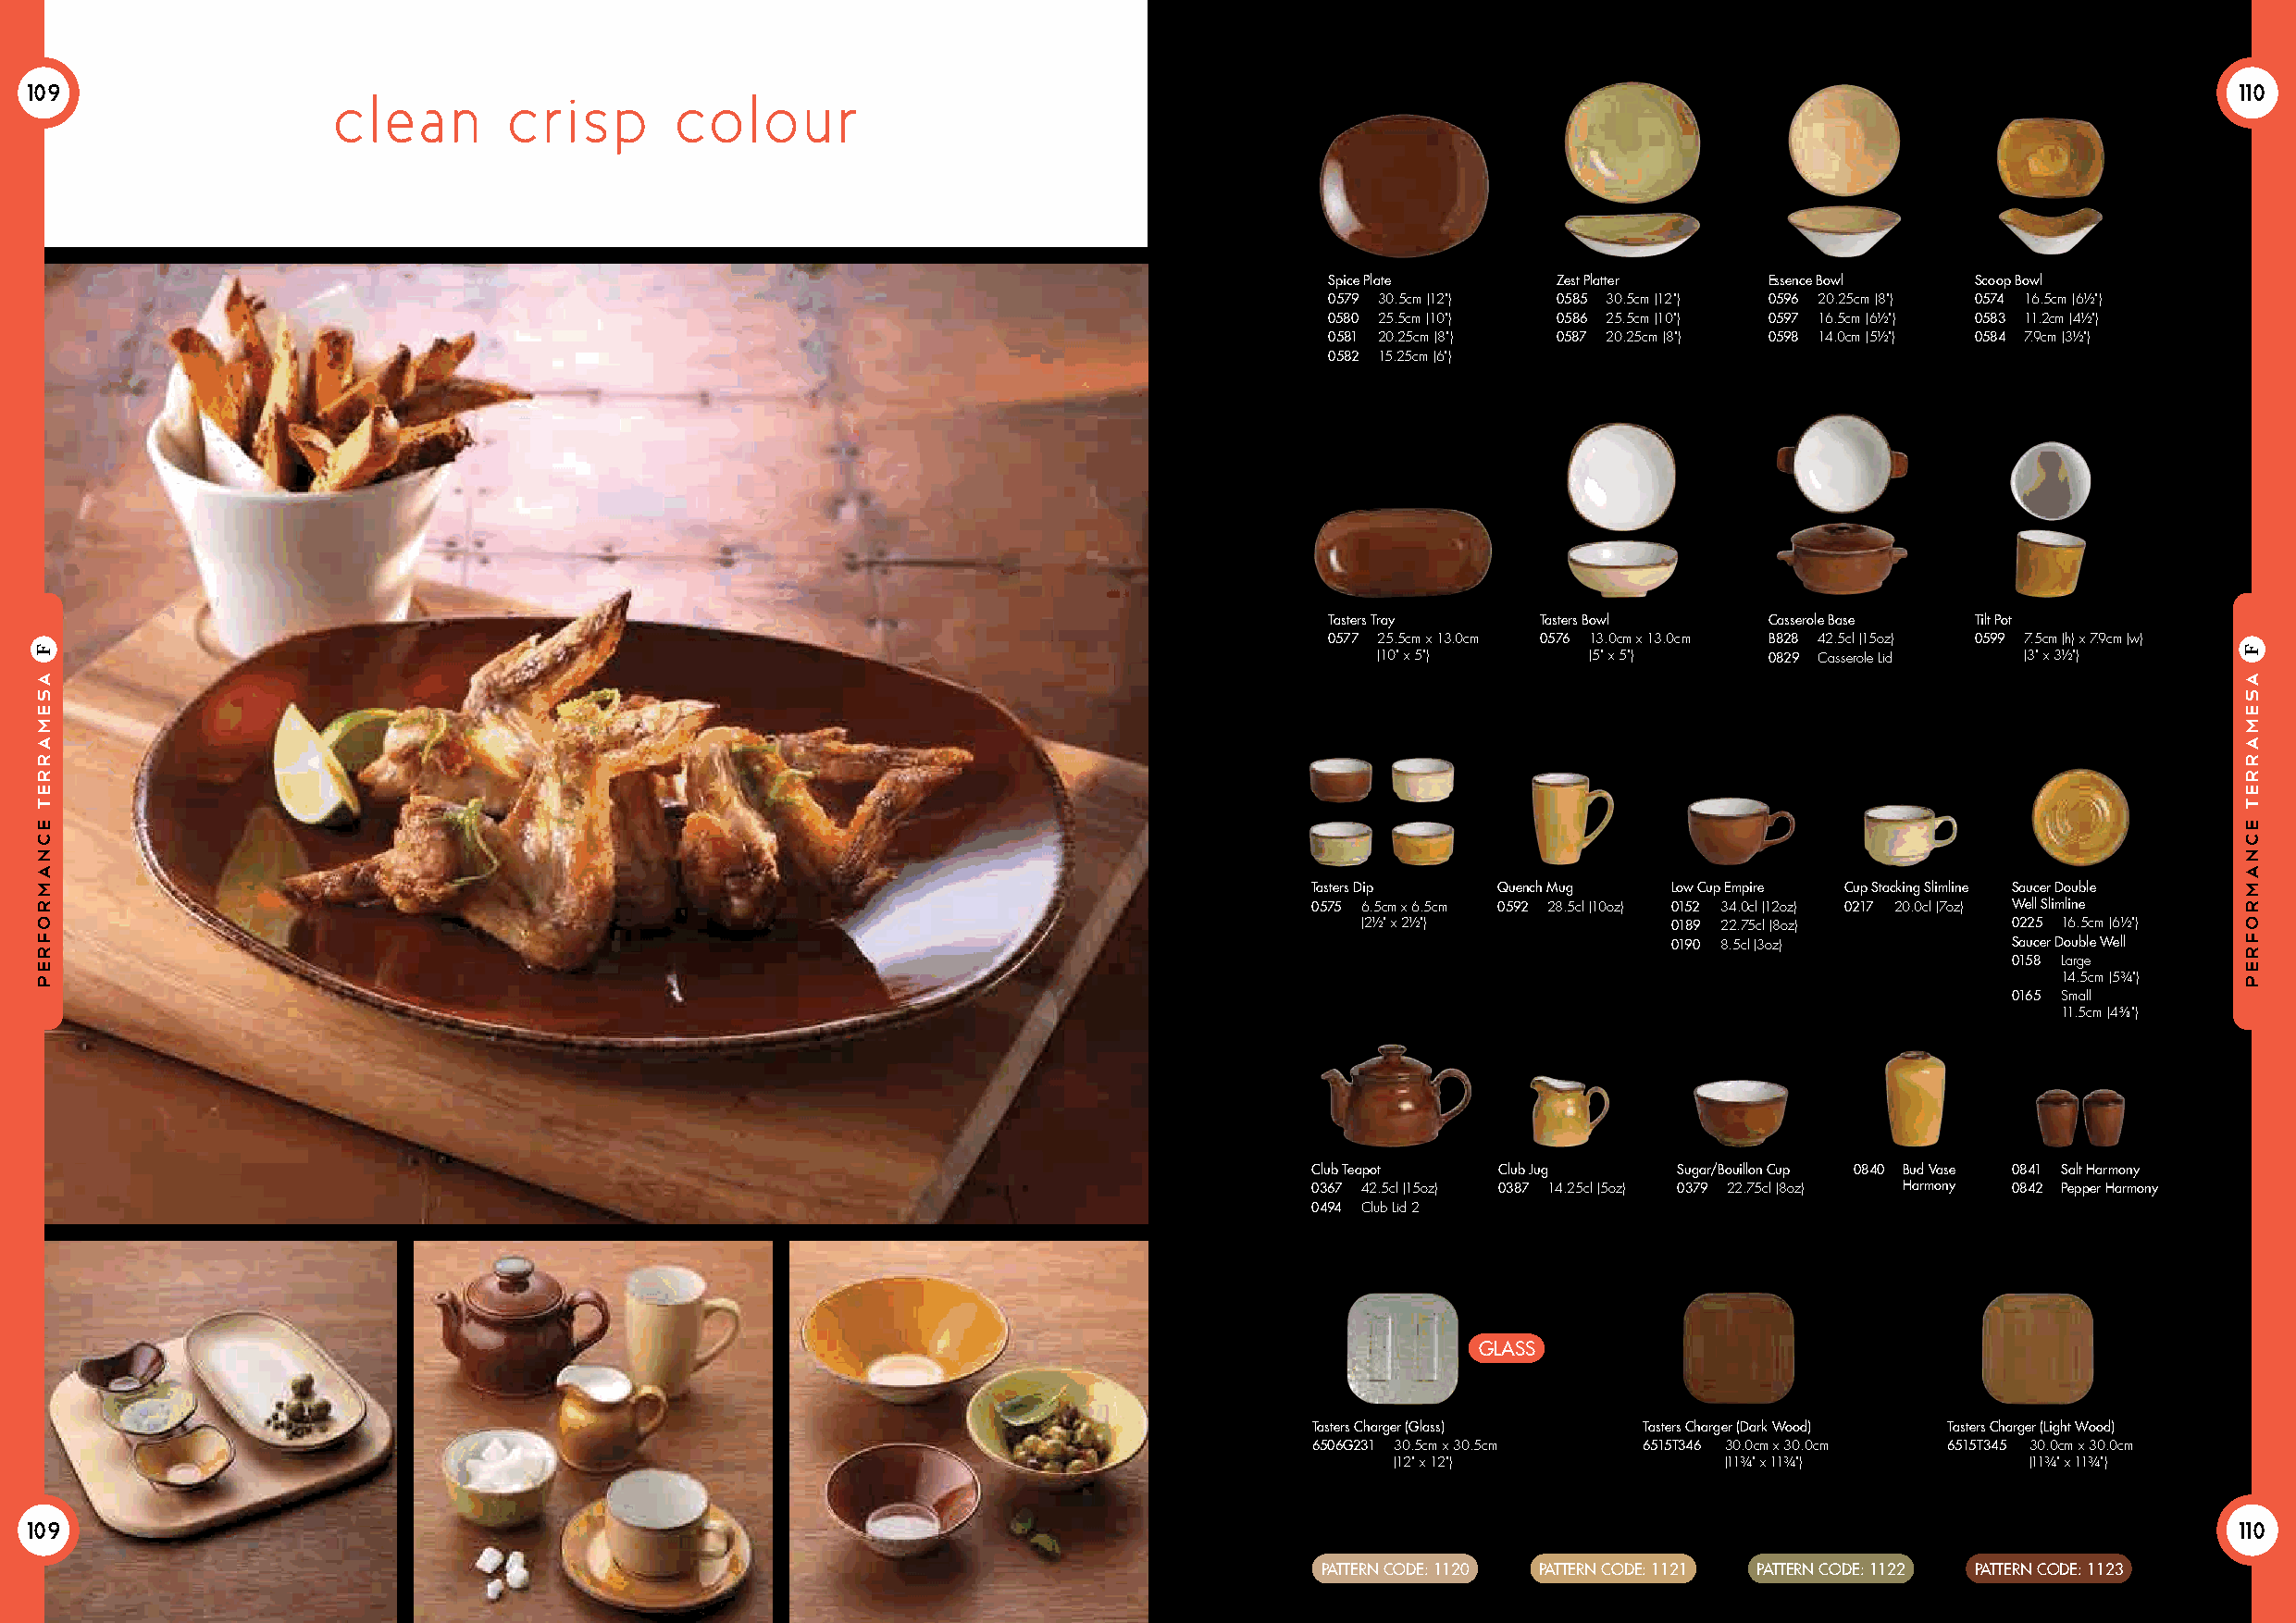
109                                                                                                                                                           110
 cl  ea  n   crisp       col    o u  r
 Spice Plate     Zest Platter   Essence Bowl   Scoop Bowl
 0579 30.5cm (12") 0585 30.5cm (12") 0596 20.25cm (8") 0574 16.5cm (6½")
 0580 25.5cm (10") 0586 25.5cm (10") 0597 16.5cm (6½") 0583 11.2cm (4½")
 0581 20.25cm (8") 0587 20.25cm (8") 0598 14.0cm (5½") 0584 7.9cm (3½")
 0582 15.25cm (6")
 Tasters Tray   Tasters Bowl    Casserole Base Tilt Pot
 0577 25.5cm x 13.0cm 0576 13.0cm x 13.0cm B828 42.5cl (15oz) 0599 7.5cm (h) x 7.9cm (w)
 (10" x 5")     (5" x 5")   0829 Casserole Lid (3" x 3½")
 Tasters Dip  Quench Mug   Low Cup Empire Cup Stacking Slimline Saucer Double
 0575 6.5cm x 6.5cm 0592 28.5cl (10oz) 0152 34.0cl (12oz) 0217 20.0cl (7oz) Well Slimline
 (2½" x 2½")            0189 22.75cl (8oz)      0225 16.5cm (6½")
 0190 8.5cl (3oz)        Saucer Double Well
 0158 Large
 14.5cm (5¾")
 0165 Small
 11.5cm (45⁄8")
 Club Teapot  Club Jug     Sugar/Bouillon Cup 0840 Bud Vase 0841 Salt Harmony
 0367 42.5cl (15oz) 0387 14.25cl (5oz) 0379 22.75cl (8oz) Harmony 0842 Pepper Harmony
 0494 Club Lid 2
 GLASS
 Tasters Charger (Glass) Tasters Charger (Dark Wood) Tasters Charger (Light Wood)
 6506G231 30.5cm x 30.5cm 6515T346 30.0cm x 30.0cm 6515T345 30.0cm x 30.0cm
 (12" x 12")            (11¾" x 11¾")         (11¾" x 11¾")
 109                                                                                                                                                           110
 PATTERN CODE: 1120 PATTERN CODE: 1121 PATTERN CODE: 1122 PATTERN CODE: 1123
 asemarreT
 ecnamrofrep
 F
 asemarreT
 ecnamrofrep
 F